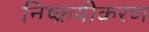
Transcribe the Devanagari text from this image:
निष्क्रयीकरण